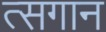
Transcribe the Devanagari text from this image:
त्सगान